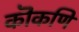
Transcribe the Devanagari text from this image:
कॊंकणि